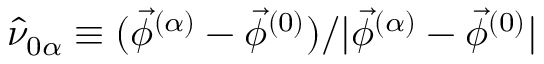
{ \hat { \nu } _ { 0 \alpha } \equiv ( \vec { \phi } ^ { ( \alpha ) } - \vec { \phi } ^ { ( 0 ) } ) / | \vec { \phi } ^ { ( \alpha ) } - \vec { \phi } ^ { ( 0 ) } | }